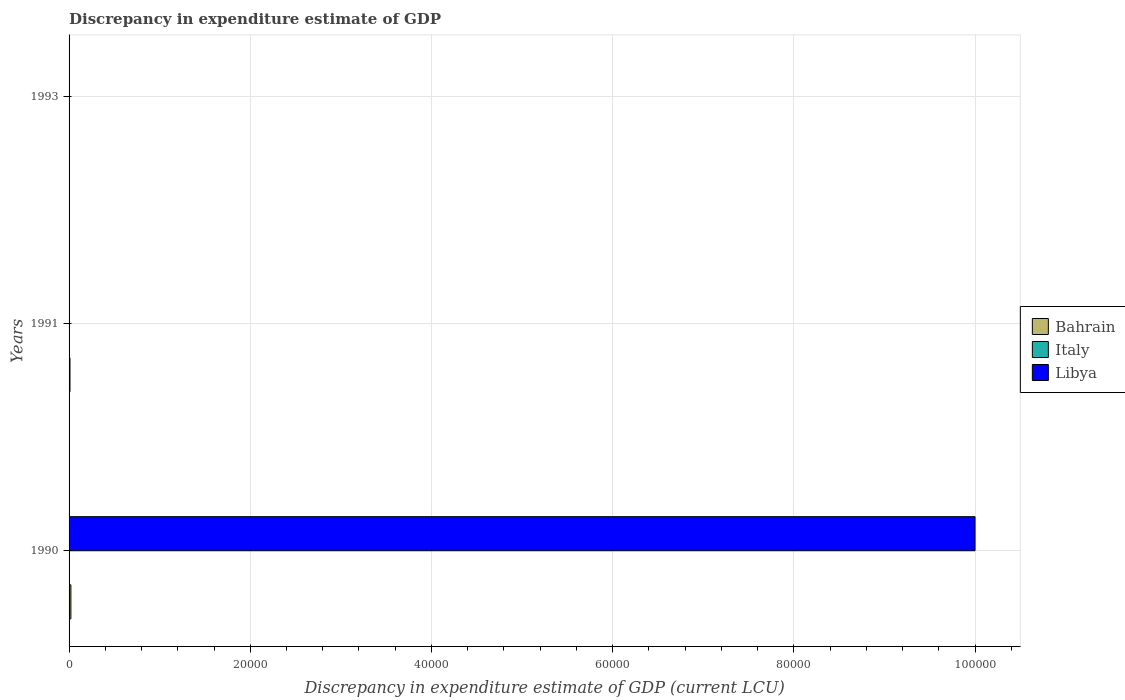
| Years | Bahrain | Italy | Libya |
 | --- | --- | --- | --- |
 | 1990 | 200 | -8.68e+08 | 1e+05 |
 | 1991 | 100 | -1e+09 | -1e+06 |
 | 1993 | -2e-07 | -4.03e+08 | -1e+05 |